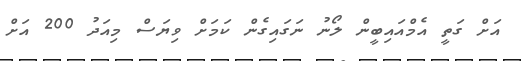
އަށް ގަތީ އެމްއައިބީން ލޯނު ނަގައިގެން ކަމަށް ވިޔަސް މިއަދު 200 އަށް